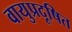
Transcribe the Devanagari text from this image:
वायुप्रदूषित